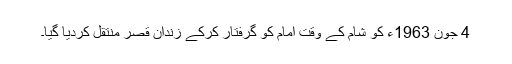
4 جون 1963ء کو شام کے وقت امام کو گرفتار کرکے زندان قصر منتقل کردیا گیا۔